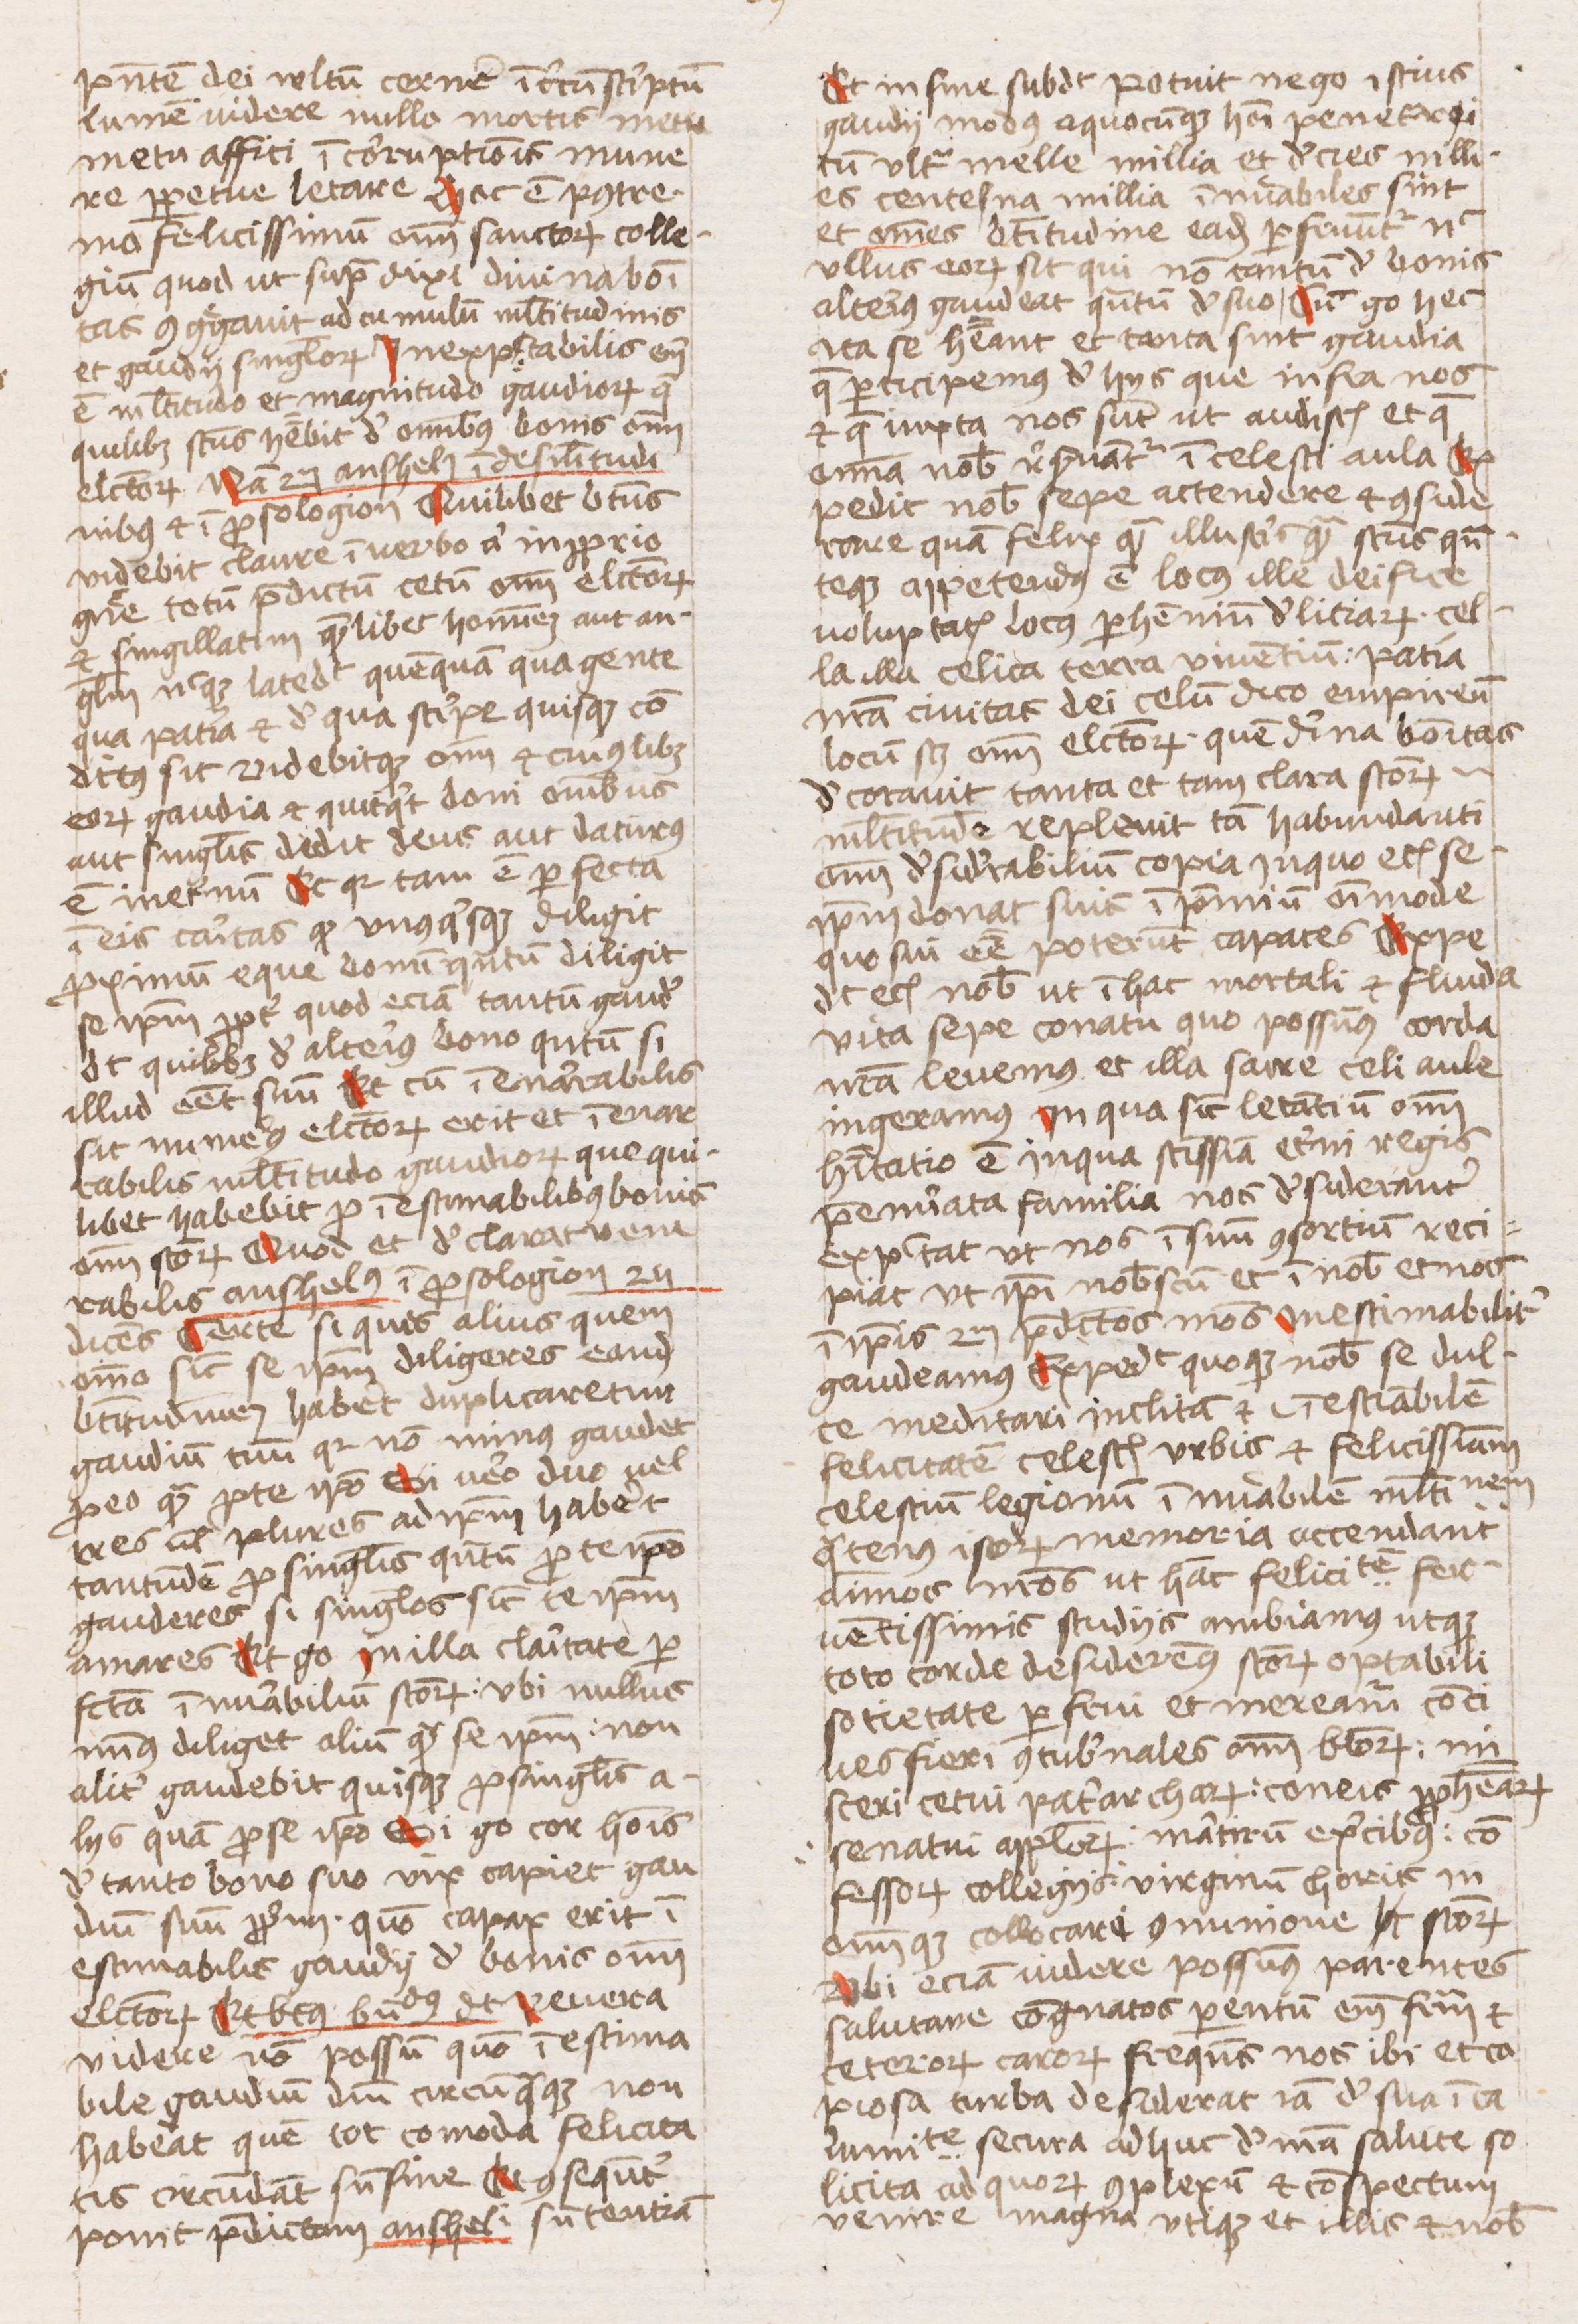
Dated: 1440–1470